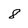
Character: 8